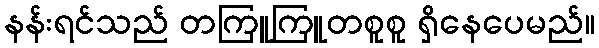
နန်းရင်သည် တကြူကြူတစူစူ ရှိနေပေမည်။